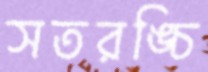
সতরঙ্চি